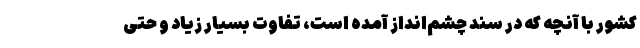
کشور با آنچه که در سند چشم‌انداز آمده است، تفاوت بسیار زیاد و حتی